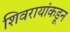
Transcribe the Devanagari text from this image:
शिवरायांकडून